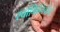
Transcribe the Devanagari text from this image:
स्वामिनिष्ठेने